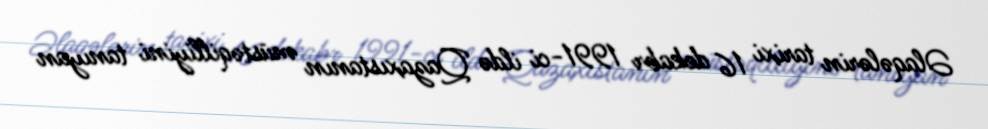
Əlaqələrin tarixi 16 dekabr 1991-ci ildə Qazaxıstanın müstəqilliyini tanıyan